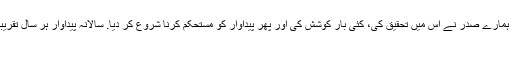
A: 2005 سے ہم آسٹریلیا سے ایک نمونہ مل گئے، ہمارے صدر نے اس میں تحقیق کی، کئی بار کوشش کی اور پھر پیداوار کو مستحکم کرنا شروع کر دیا. سالانہ پیداوار ہر سال تقریبا 500، 000 سوق میٹر ہے.
7. ق: آپ کے پینل کے فوائد کیا ہیں؟